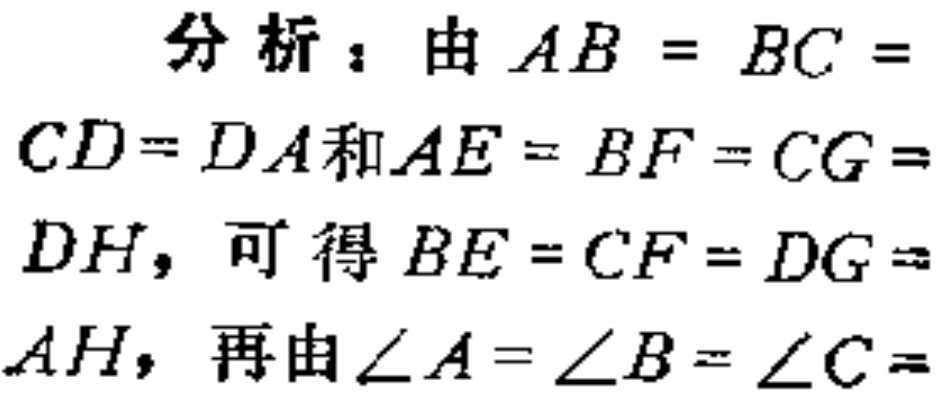
分析：由\(AB = BC = CD=DA\)和\(AE = BF = CG = DH\)，可得\(BE = CF = DG = AH\)，再由\(\angle A=\angle B=\angle C=\)